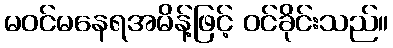
မဝင်မနေရအမိန့်ဖြင့် ဝင်ခိုင်းသည်။